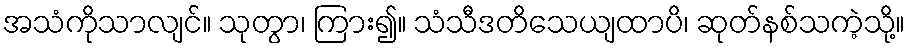
အသံကိုသာလျင်။ သုတွာ၊ ကြား၍။ သံသီဒတိသေယျထာပိ၊ ဆုတ်နစ်သကဲ့သို့။